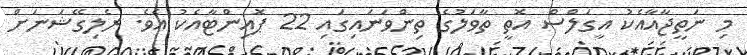
މި ނަތީޖާއާއެކު އީގަލްސް އޮތީ ތާވަލުގެ ތިންވަނައިގައި 22 ޕޮއިންޓާއެކު އެވެ. ރެލިގޭޝަނަށް